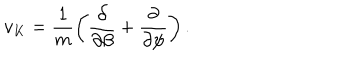
LaTeX: v _ { K } = \frac { 1 } { m } \left( \frac { \partial } { \partial \beta } + \frac { \partial } { \partial \psi } \right) .